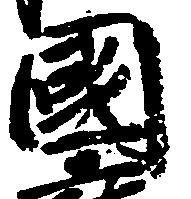
国